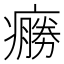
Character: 𤺩